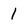
Character: 1